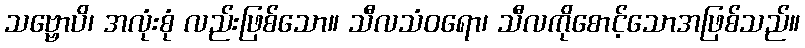
သဗ္ဗောပိ၊ အလုံးစုံ လည်းဖြစ်သော။ သီလသံဝရော၊ သီလကိုစောင့်သောအဖြစ်သည်။